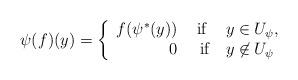
LaTeX: \begin{align*}\psi (f) (y) = \left\{ \begin{array}{rcl} f ( \psi^{\ast} (y) )& \mbox{ if } & y \in U_{\psi}, \\0 & \mbox{ if} & y \not\in U_{\psi}\end{array} \right.\end{align*}